Karksi_vallavalitsus, lk 140
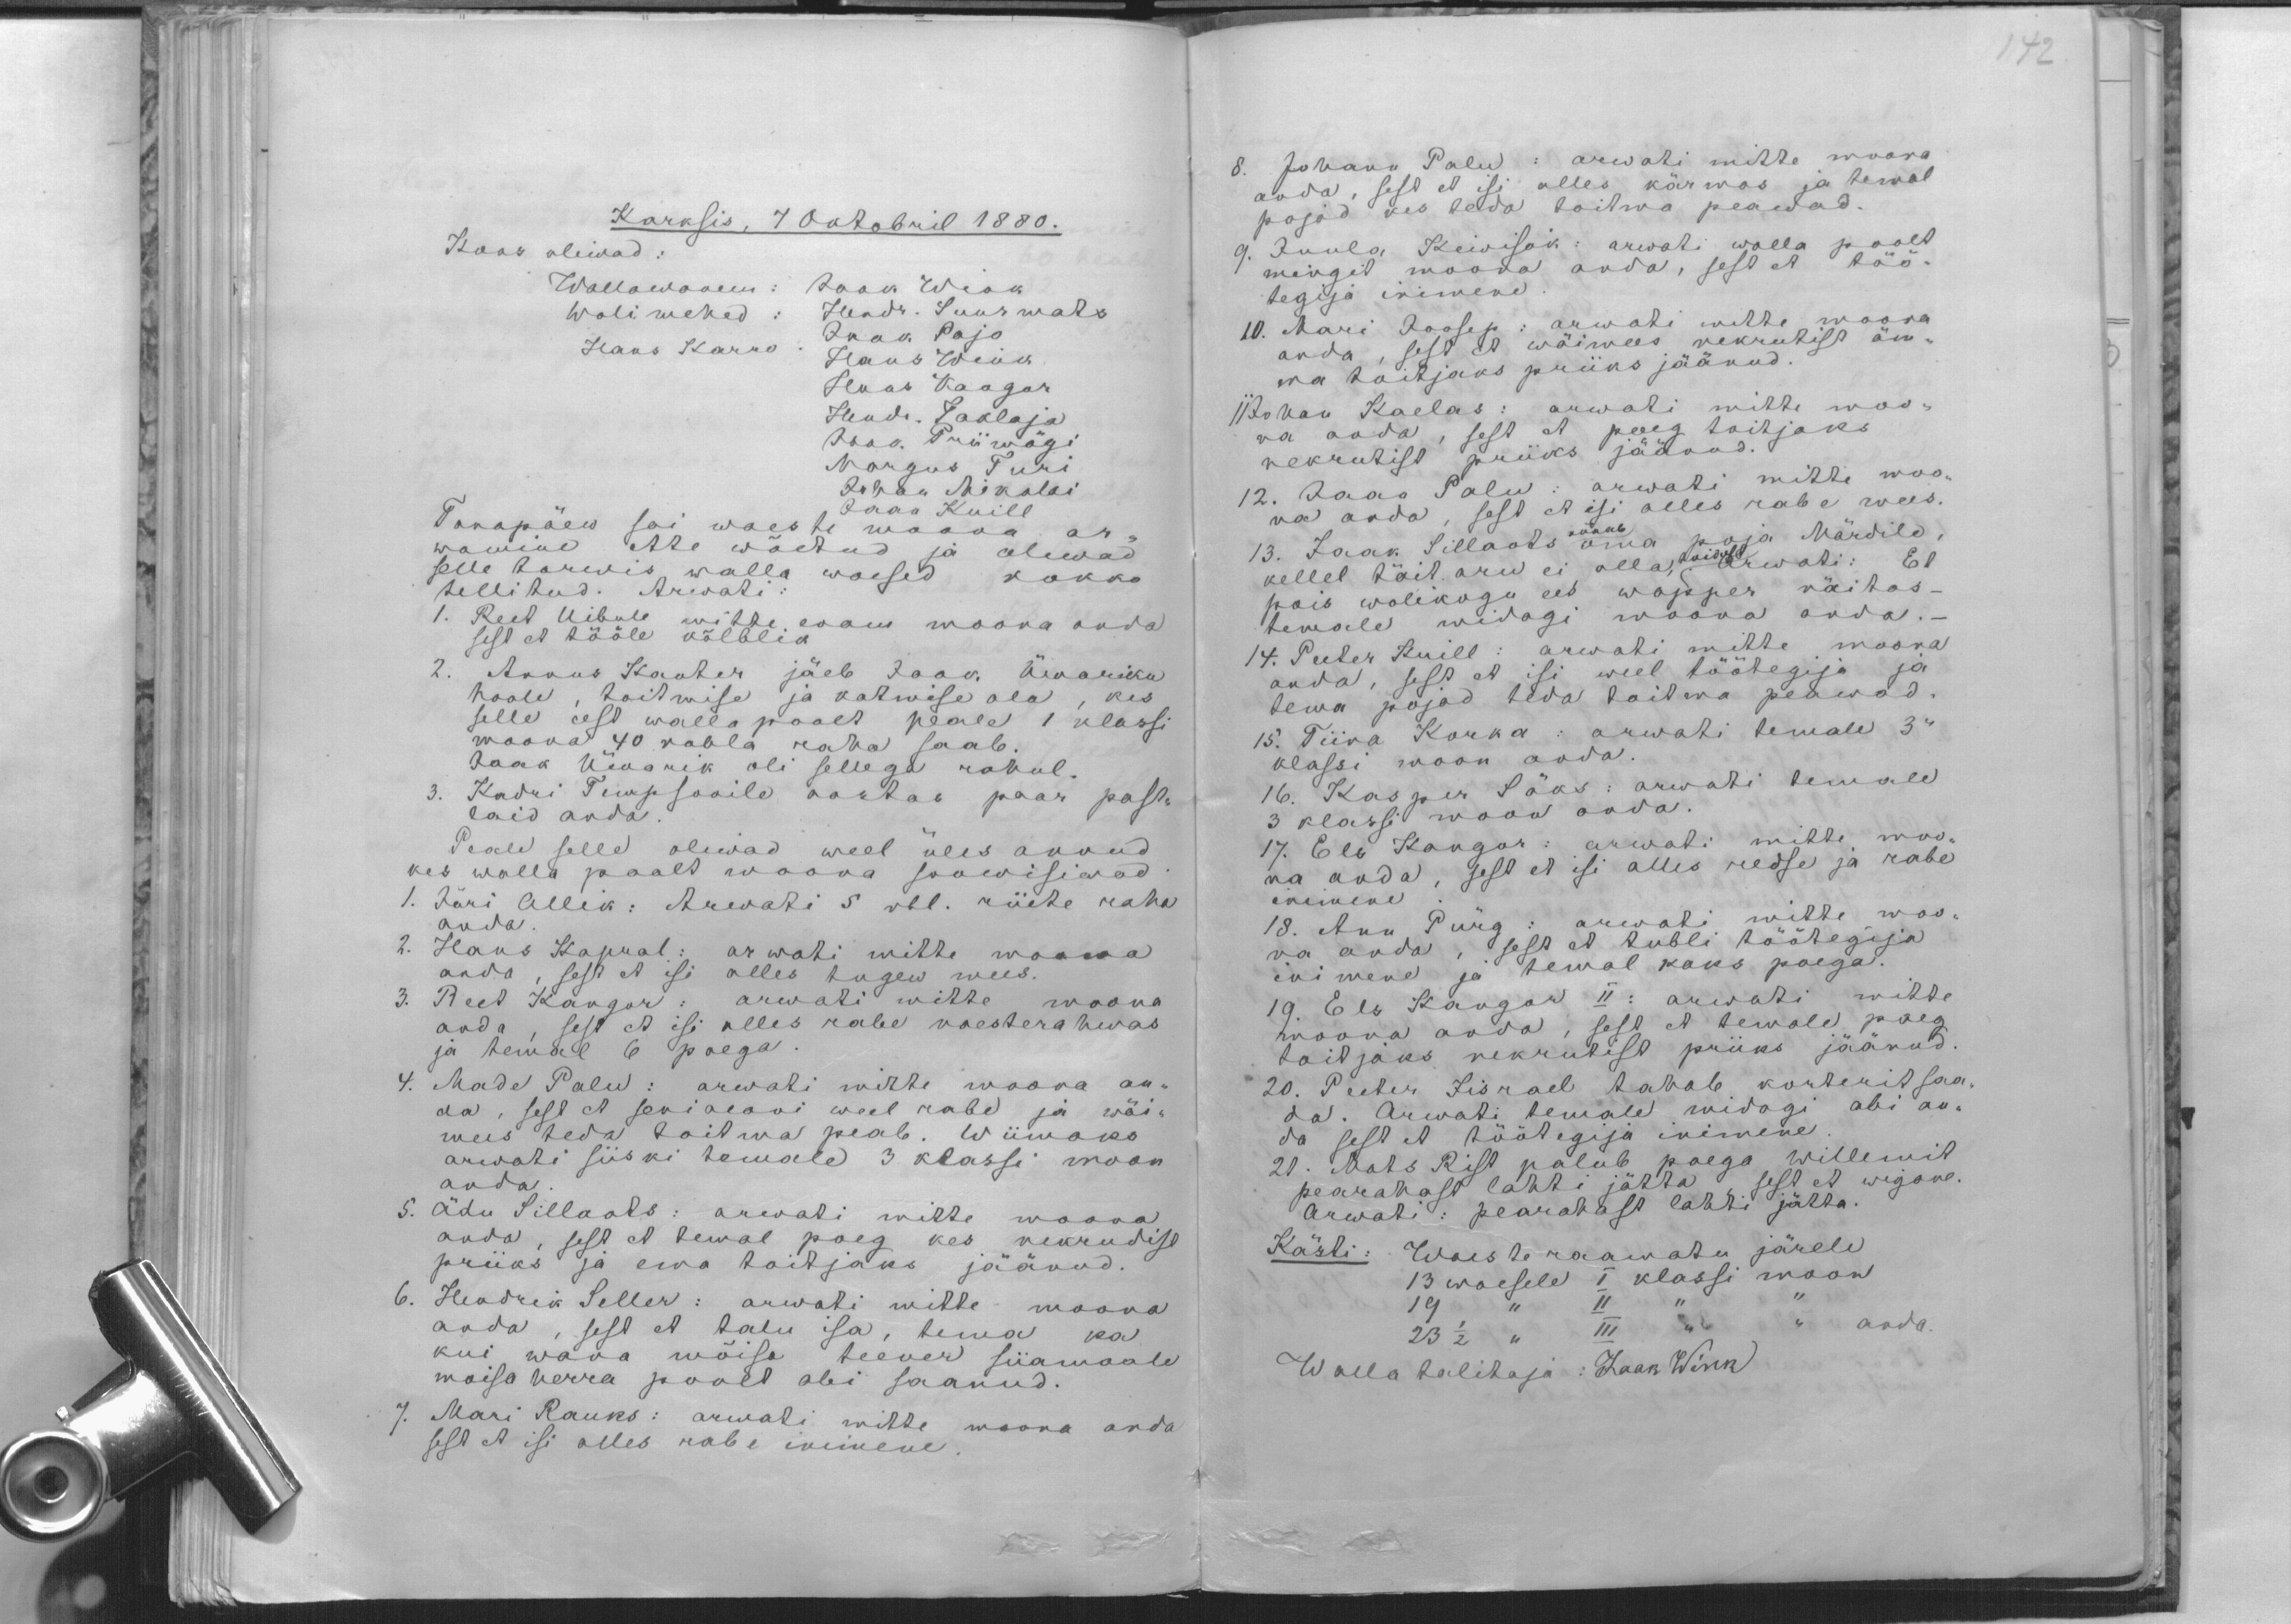
Karksis, 7 Oktobril 1880.
Koos oliwad:
Wallawanem: Jaak Wink
Wolimehed: Hendr. Suurmats
Jaak Pajo
Hans Karro
Hans Wink
Hans Kangor
Hendr. Taklaja
Jaak Priimägi
Margus Turi
Juhan Mikolai
Jaak Kuill
Tanapäew sai waeste moona ar-
wamine ette woetud ja olewad
selle tarwis walla waesed kokko
tellitud. Arwati:
1. Reet Uibule mitte enam moona anda
sest et tööle kõlblik
2. Annus Kanter jäeb Jaak Ümariku
hoole, toitmise ja katmise ala, kes
selle eest walla poolt peale 1 klassi
moona 40 rubla raha saab.
Jaak Ümarik oli sellega rahul.
3. Kadri Timpsonile aastas paar past-
laid anda.
Peale selle oliwad weel üles annud
kes walla poolt moona soowisiwad
1. Jüri Allik: Arwati 5 rbl. riiete raha
anda
2. Hans Kapral: arwati mitte moona
anda, sest et isi alles tugew mees.
3. Reet Kangor: arwati mitte moona
anda, sest et isi alles rabe naesterahwas
ja temal 6 poega
4. Made Palu: arwati mitte moona an-
da, sest et seni aeani weel rabe ja wäi-
mees teda toitma peab. Wiimaks
arwati siiski temale 3 klassi moon
anda
5. Ädu Sillaots: arwati mitte moona
anda, sest et temal poeg kes nekrudist
priiks ja ema toitjaks jäänud.
6. Hendrik Seller: arwati mitte moona
anda, sest et talu isa, tema ka
kui wana mõisa teener siiamaale
moisa herra poolt abi saanud.
7. Mari Rauks: arwati mitte moona anda
sest et isi alles rabe inimene

8. Johann Palu: arwati mitte moona
anda, sest et isi alles kärmas ja temal
pojad kes teda toitma peawad.
9. Juula Kiwisäk: arwati walla poolt
mingit moona anda, sest et töö-
tegija inimene
10. Mari Joosep: arwati mitte moona
anda, sest et wäimees nekrutist äm-
ma toitjaks priiks jäänud.
11 Johan Kaelas: arwati mitte moo-
na anda, sest et poeg toitjaks
nekrutist priiks jäänud.
12. Jaan Palu: arwati mitte moo-
na anda, sest et isi alles rabe mees.
nõuab
13. Jaak Sillaots oma poja Märdile,
toidule
kellel täit aru ei olla, arwati: Et
pois wolikogu ees wapper näitas -
temale midagi moona anda.-
14. Peeter Kuill: arwati mitte moona
anda, sest et isi weel töötegija ja
tema pojad teda toitma peawad.
15. Tiina Korka: arwati temale 3“
klassi moon anda.
16. Kasper Säks: arwati temale
3 klassi moon anda.
17. Els Kangor: arwati mitte moo-
na anda, sest et isi alles redse ja rabe
inimene
18. Ann Pürg: arwati mitte moo-
na anda, sest et tubli töötegija
inimene ja temal kaks poega.
19. Els Kangor II: arwati mitte
moona anda, sest et temale poeg
toitjaks nekrutist priiks jäänud.
20. Peeter Iisrael tahab korterit saa-
da. Arwati temale midagi abi an-
da sest et töötegija inimene
21. Mats Rist palub poega Willemit
pearahast lahti jätta, sest et wigane.
Arwati: pearahast lahti jätta.
Kästi: Waeste raamatu järele
13 waesele I klassi moon
19 " II "
23 1/2 " III " " anda
Wallatalitaja: Jaak Wink